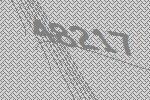
48217